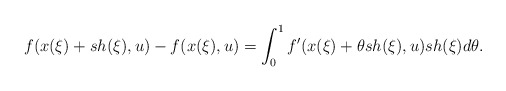
\begin{align*}f(x(\xi) + sh(\xi),u) - f(x(\xi),u) = \int_0^1 f'(x(\xi)+\theta s h(\xi),u)sh(\xi)d\theta.\end{align*}